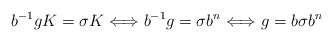
\begin{align*}b^{-1}gK=\sigma K\Longleftrightarrow b^{-1}g=\sigma b^n\Longleftrightarrow g=b\sigma b^n\end{align*}